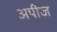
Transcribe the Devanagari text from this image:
अपीज